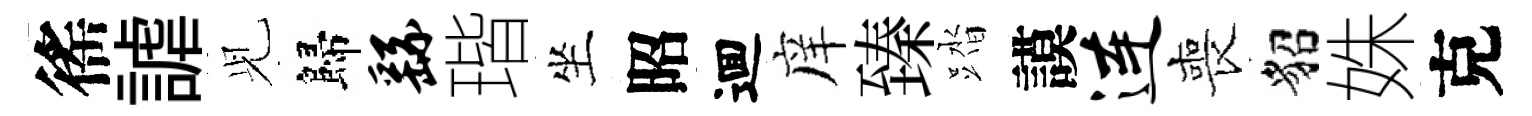
徭謔𫤗歸繇瑎坐昭逥庠臻踏謨连喪貂姝克